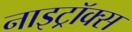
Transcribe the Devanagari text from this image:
नाइट्रॉक्स